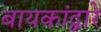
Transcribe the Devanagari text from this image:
बायकांद्वारे